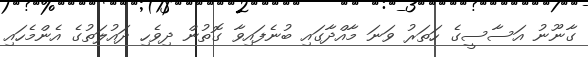
ގާނޫނު އަސާސީގެ ހަތަރު ވަނަ މާއްދާގައި ބުނެފައިވާ ގޮތުން ދިވެހި ދައުލަތުގެ އެންމެހައި